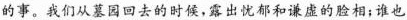
的事。我们从墓园回去的时候，露出忧郁和谦虚的脸相；谁也